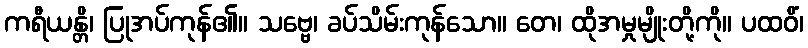
ကရီယန္တိ၊ ပြုအပ်ကုန်၏။ သဗ္ဗေ၊ ခပ်သိမ်းကုန်သော။ တေ၊ ထိုအမှုမျိုးတို့ကို။ ပထဝိံ၊